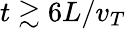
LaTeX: t\gtrsim 6L/v_{T}